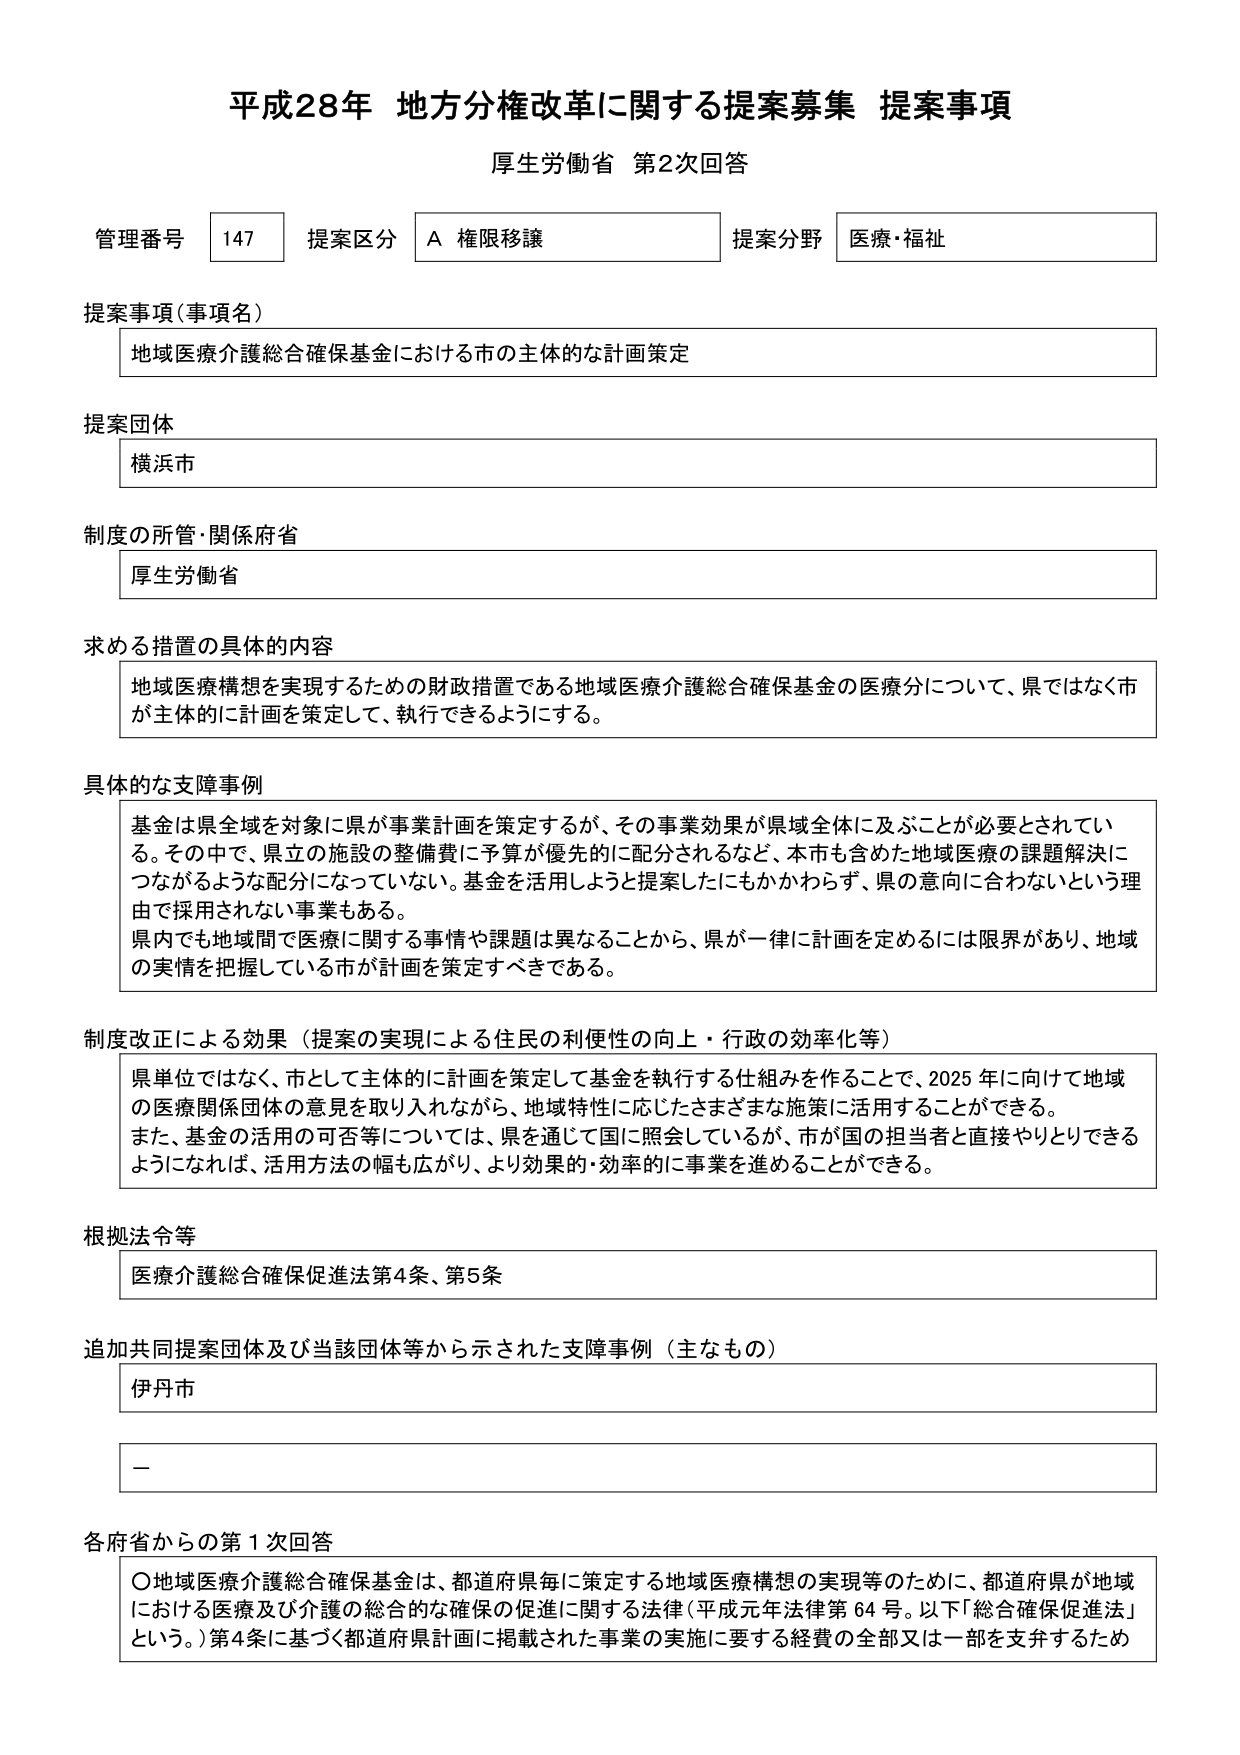
平成28年 地方分権改革に関する提案募集 提案事項
厚生労働省 第2次回答

管理番号 147 提案区分 A 権限移譲 提案分野 医療・福祉

提案事項（事項名）
地域医療介護総合確保基金における市の主体的な計画策定

提案団体
横浜市

制度の所管・関係府省
厚生労働省

求める措置の具体的内容
地域医療構想を実現するための財政措置である地域医療介護総合確保基金の医療分について、県ではなく市が主体的に計画を策定して、執行できるようにする。

具体的な支障事例
基金は県全域を対象に県が事業計画を策定するが、その事業効果が県域全体に及ぶことが必要とされている。その中で、県立の施設の整備費に予算が優先的に配分されるなど、本市も含めた地域医療の課題解決につながるような配分になっていない。基金を活用しようと提案したにもかかわらず、県の意向に合わないという理由で採用されない事業もある。
県内でも地域間で医療に関する事情や課題は異なることから、県が一律に計画を定めるには限界があり、地域の実情を把握している市が計画を策定すべきである。

制度改正による効果（提案の実現による住民の利便性の向上・行政の効率化等）
県単位ではなく、市として主体的に計画を策定して基金を執行する仕組みを作ることで、2025年に向けて地域の医療関係団体の意見を取り入れながら、地域特性に応じたさまざまな施策に活用することができる。また、基金の活用の可否等については、県を通じて国に照会しているが、市が国の担当者と直接やりとりできるようになれば、活用方法の幅も広がり、より効果的・効率的に事業を進めることができる。

根拠法令等
医療介護総合確保促進法第4条、第5条

追加共同提案団体及び当該団体等から示された支障事例（主なもの）
伊丹市
－

各府省からの第1次回答
〇地域医療介護総合確保基金は、都道府県毎に策定する地域医療構想の実現等のために、都道府県が地域における医療及び介護の総合的な確保の促進に関する法律（平成元年法律第64号。以下「総合確保促進法」という。）第4条に基づく都道府県計画に掲載された事業の実施に要する経費の全部又は一部を支弁するため